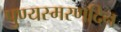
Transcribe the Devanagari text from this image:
पुण्यस्मरणदिन